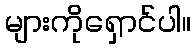
များကိုရှောင်ပါ။